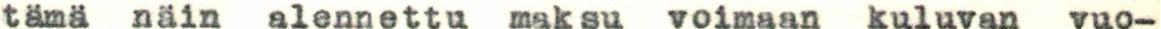
tämä näin alennettu maksu voimaan kuluvan vuo-